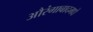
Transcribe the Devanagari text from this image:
औरंगाबादमधे